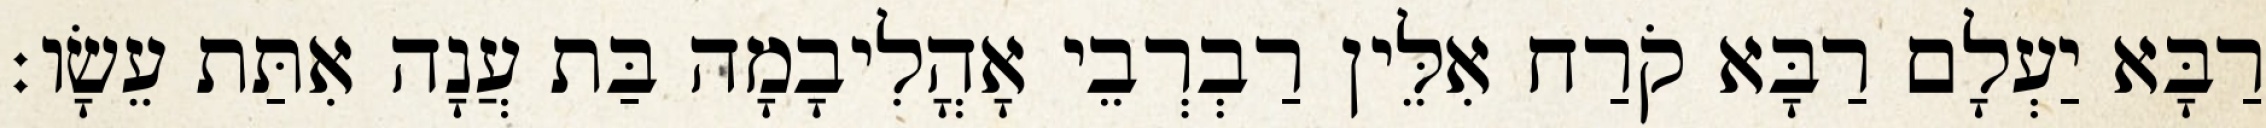
רַבָּא יַעְלָם רַבָּא קֹרַח אִלֵּין רַבְרְבֵי אָהֳלִיבָמָה בַּת עֲנָה אִתַּת עֵשָׂו׃